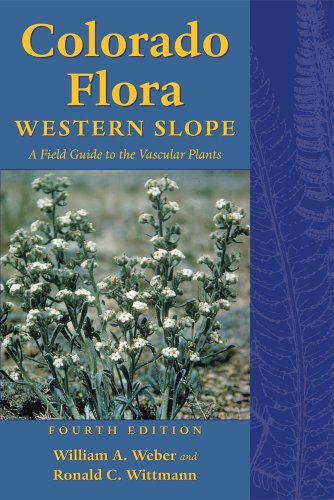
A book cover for Colorado Flora: Western Slope, Fourth Edition A Field Guide to the Vascular Plants; William A. Weber; Science & Math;